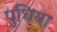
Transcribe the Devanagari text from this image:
पुधिया